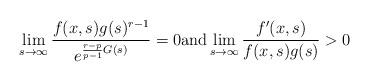
LaTeX: \begin{align*}\lim_{s \to \infty} \frac{f(x,s)g(s)^{r-1}}{e^{\frac{r-p}{p-1} G(s)}} =0 \mbox{and} \lim_{s \to \infty} \frac{f'(x,s)}{f(x,s)g(s)} >0\end{align*}